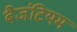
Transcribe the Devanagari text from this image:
बैजंटियम